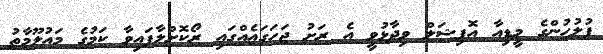
ފުލުހުންގެ މީޑިއާ އޮފިޝަލް ވިދާޅުވީ އެ ރަށު ޖަހަގައެއްގައި ރޯކޮށްލާފައިވާ ކަމުގެ މައުލޫމާތު